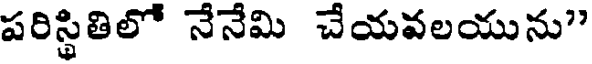
పరిస్థితిలో నేనేమి చేయవలయును"